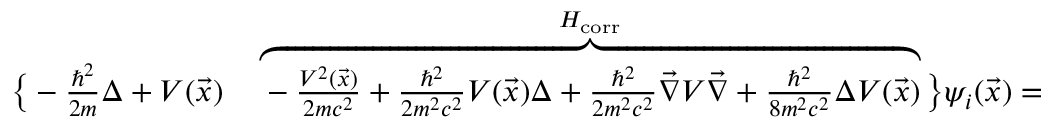
\begin{array} { r l } { \big \{ - \frac { \hbar ^ { 2 } } { 2 m } \Delta + V ( \vec { x } ) } & { { } \overbrace { - \frac { V ^ { 2 } ( \vec { x } ) } { 2 m c ^ { 2 } } + \frac { \hbar ^ { 2 } } { 2 m ^ { 2 } c ^ { 2 } } V ( \vec { x } ) \Delta + \frac { \hbar ^ { 2 } } { 2 m ^ { 2 } c ^ { 2 } } \vec { \nabla } V \vec { \nabla } + \frac { \hbar ^ { 2 } } { 8 m ^ { 2 } c ^ { 2 } } \Delta V ( \vec { x } ) } ^ { H _ { \mathrm { c o r r } } } \big \} \psi _ { i } ( \vec { x } ) = } \end{array}